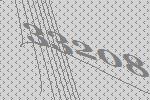
33208